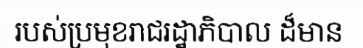
របស់ប្រមុខរាជរដ្ឋាភិបាល ដ៏មាន